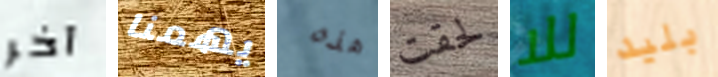
آخر يهمنا هذه لحقت للا بليد